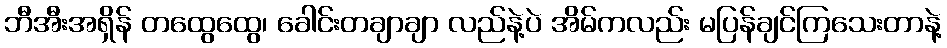
ဘီအီးအရှိန် တထွေထွေ၊ ခေါင်းတချာချာ လည်နဲ့ပဲ အိမ်ကလည်း မပြန်ချင်ကြသေးတာနဲ့